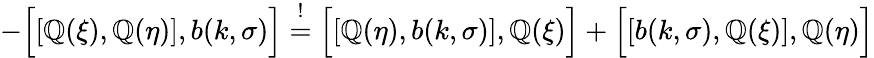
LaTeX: -\Bigl[\left[\mathbb{Q}(\xi),\mathbb{Q}(\eta)\right],b(k,\sigma)\Bigr]\stackrel{!}{=}\Bigl[\left[\mathbb{Q}(\eta),b(k,\sigma)\right],\mathbb{Q}(\xi)\Bigr]+\Bigl[\left[b(k,\sigma),\mathbb{Q}(\xi)\right],\mathbb{Q}(\eta)\Bigr]